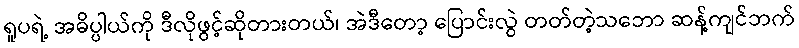
ရူပရဲ့ အဓိပ္ပါယ်ကို ဒီလိုဖွင့်ဆိုတားတယ်၊ အဲဒီတော့ ပြောင်းလွဲ တတ်တဲ့သဘော ဆန့်ကျင်ဘက်